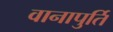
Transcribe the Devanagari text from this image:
वानापुर्ति